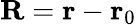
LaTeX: \mathbf{R}=\mathbf{r}-\mathbf{r}_{0}